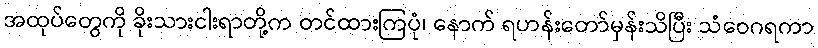
အထုပ်တွေကို ခိုးသားငါးရာတို့က တင်ထားကြပုံ၊ နောက် ရဟန်းတော်မှန်းသိပြီး သံဝေဂရကာ